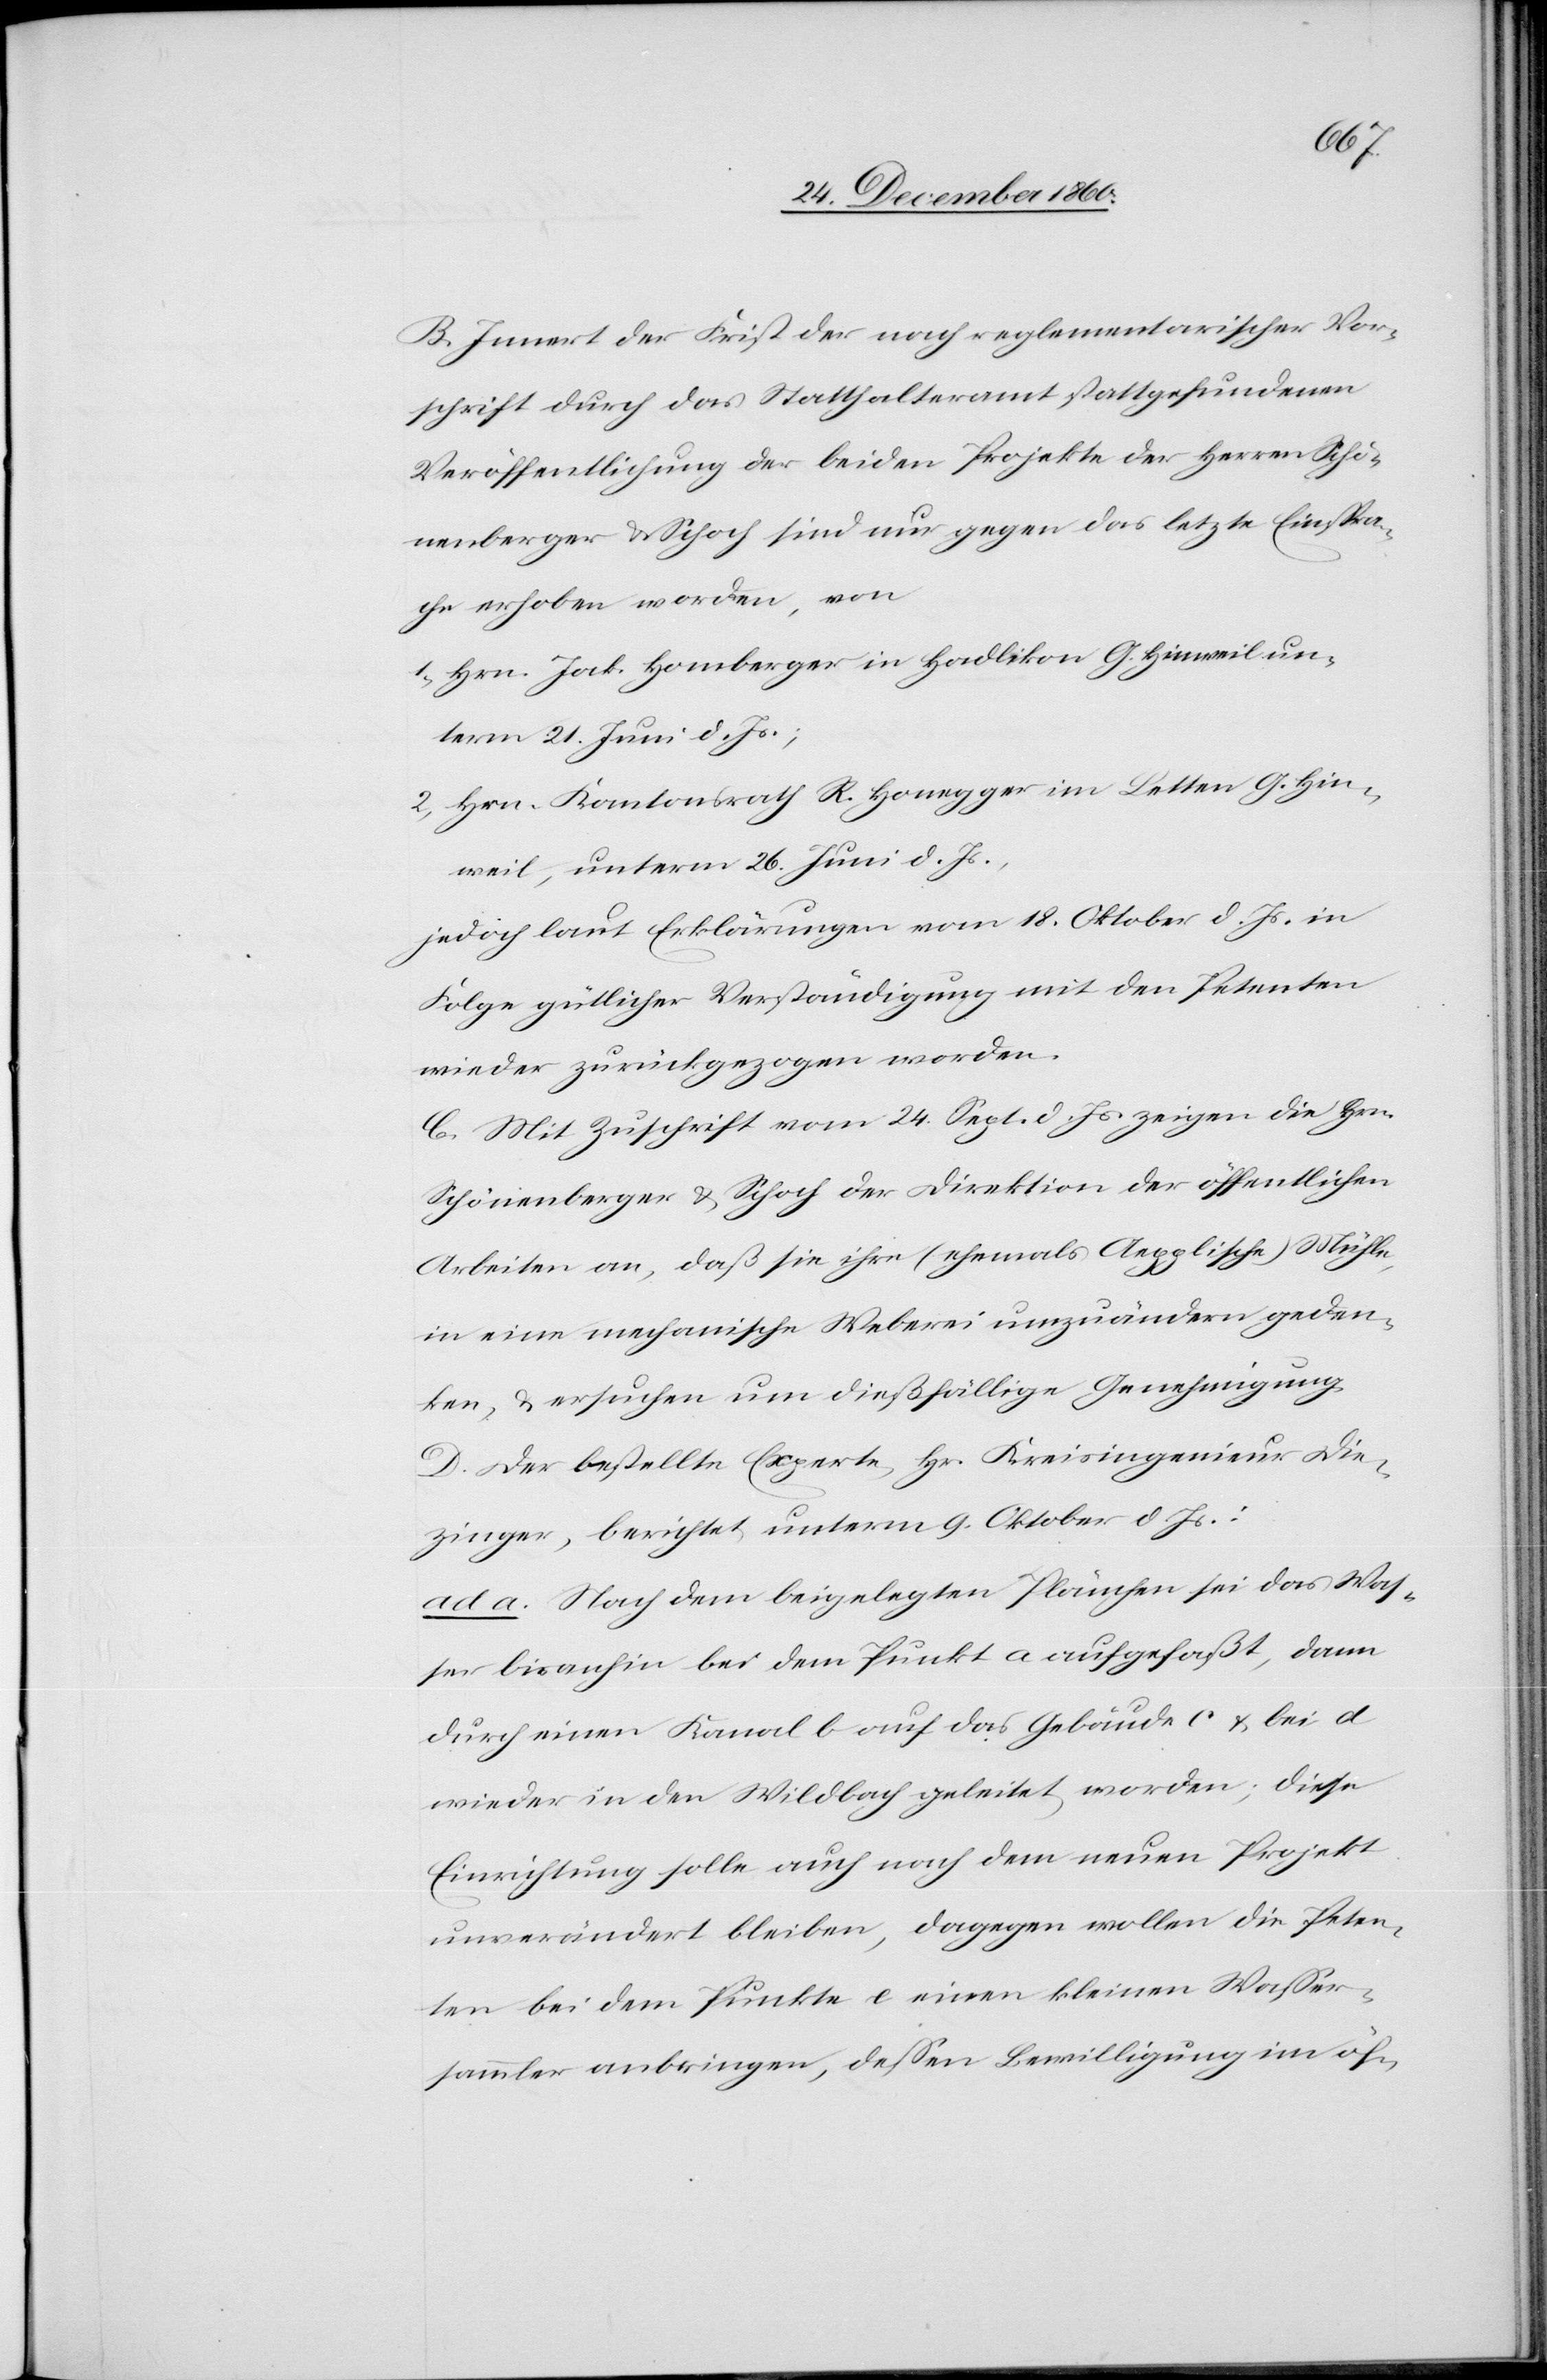
B. Innert der Frist der nach reglementarischer Vor¬
schrift durch das Statthalteramt stattgefundenen
Veröffentlichung der beiden Projekte der Herren Schö¬
nenberger u. Schoch sind nur gegen das letzte Einspra¬
che erhoben worden, von
1. Herr Jak. Homberger in Hadlikon G. Hinweil un¬
term 21. Juni d. Js.;
2. Hrn. Kantonsrath R. Honegger im Letten G. Hin¬
weil, unterm 26. Juni d. Js.;
jedoch laut Erklärungen vom 18. Oktober d. Js. in
Folge gütlicher Verständigung mit den Petenten
wieder zurückgezogen worden.
C. Mit Zuschrift vom 24. Sept. d. Js. zeigen die Hrn.
Schönenberger u. Schoch der Direktion der öffentlichen
Arbeiten an, daß sie ihre (ehemals Aepplische) Mühle,
in eine mechanische Weberei umzuändern geden¬
ken, u. ersuchen um dießfällige Genehmigung.
D. Der bestellte Experte, Hr. Kreisingenieur Die¬
zinger, berichtet unterm 9. Oktober d. Js.:
ad. a. Nach dem beigelegten Plänchen sei das Was¬
ser bisanhin bei dem Punkt a aufgefaßt, dann
durch einen Kanal b auf das Gebäude c u. bei d
wieder in den Wildbach geleitet worden; diese
Einrichtung solle auch nach dem neuen Projekt
unverändert bleiben, dagegen wollen die Peten¬
ten bei dem Punkte e einen kleinen Wasser¬
sammler anbringen, dessen Bewilligung im öf-